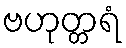
ဗဟုတ္တရံ